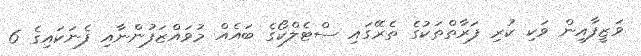
ވަޒީފާއިން ވަކި ކުރި ފަރާތްތަކުގެ ތެރޭގައި ސްޓެލްކޯގެ ބައެއް މުވައްޒަފުންނާއި ފެނަކައިގެ 6